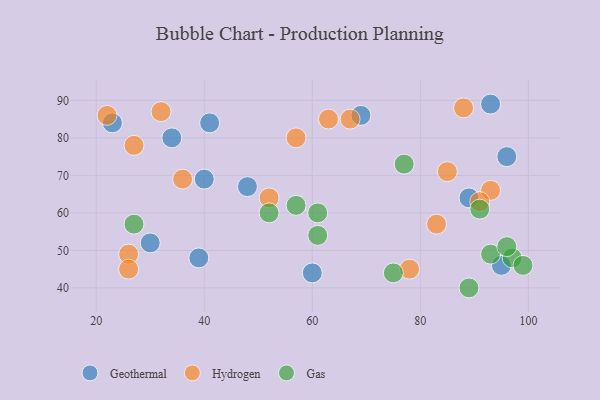
{"axis": {"x": "GDP", "y": "Life Expectancy"}, "legend": ["Gas", "Geothermal", "Hydrogen"], "data": [{"x": "40", "y": 69, "type": "Geothermal"}, {"x": "30", "y": 52, "type": "Geothermal"}, {"x": "69", "y": 86, "type": "Geothermal"}, {"x": "93", "y": 89, "type": "Geothermal"}, {"x": "34", "y": 80, "type": "Geothermal"}, {"x": "96", "y": 75, "type": "Geothermal"}, {"x": "48", "y": 67, "type": "Geothermal"}, {"x": "39", "y": 48, "type": "Geothermal"}, {"x": "23", "y": 84, "type": "Geothermal"}, {"x": "89", "y": 64, "type": "Geothermal"}, {"x": "95", "y": 46, "type": "Geothermal"}, {"x": "60", "y": 44, "type": "Geothermal"}, {"x": "41", "y": 84, "type": "Geothermal"}, {"x": "67", "y": 85, "type": "Hydrogen"}, {"x": "78", "y": 45, "type": "Hydrogen"}, {"x": "32", "y": 87, "type": "Hydrogen"}, {"x": "22", "y": 86, "type": "Hydrogen"}, {"x": "88", "y": 88, "type": "Hydrogen"}, {"x": "26", "y": 49, "type": "Hydrogen"}, {"x": "27", "y": 78, "type": "Hydrogen"}, {"x": "57", "y": 80, "type": "Hydrogen"}, {"x": "93", "y": 66, "type": "Hydrogen"}, {"x": "26", "y": 45, "type": "Hydrogen"}, {"x": "36", "y": 69, "type": "Hydrogen"}, {"x": "63", "y": 85, "type": "Hydrogen"}, {"x": "91", "y": 63, "type": "Hydrogen"}, {"x": "52", "y": 64, "type": "Hydrogen"}, {"x": "83", "y": 57, "type": "Hydrogen"}, {"x": "85", "y": 71, "type": "Hydrogen"}, {"x": "52", "y": 60, "type": "Gas"}, {"x": "93", "y": 49, "type": "Gas"}, {"x": "97", "y": 48, "type": "Gas"}, {"x": "61", "y": 54, "type": "Gas"}, {"x": "91", "y": 61, "type": "Gas"}, {"x": "99", "y": 46, "type": "Gas"}, {"x": "77", "y": 73, "type": "Gas"}, {"x": "57", "y": 62, "type": "Gas"}, {"x": "61", "y": 60, "type": "Gas"}, {"x": "89", "y": 40, "type": "Gas"}, {"x": "96", "y": 51, "type": "Gas"}, {"x": "75", "y": 44, "type": "Gas"}, {"x": "27", "y": 57, "type": "Gas"}]}